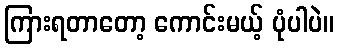
ကြားရတာတော့ ကောင်းမယ့် ပုံပါပဲ။